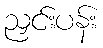
ညှင်းပန်း